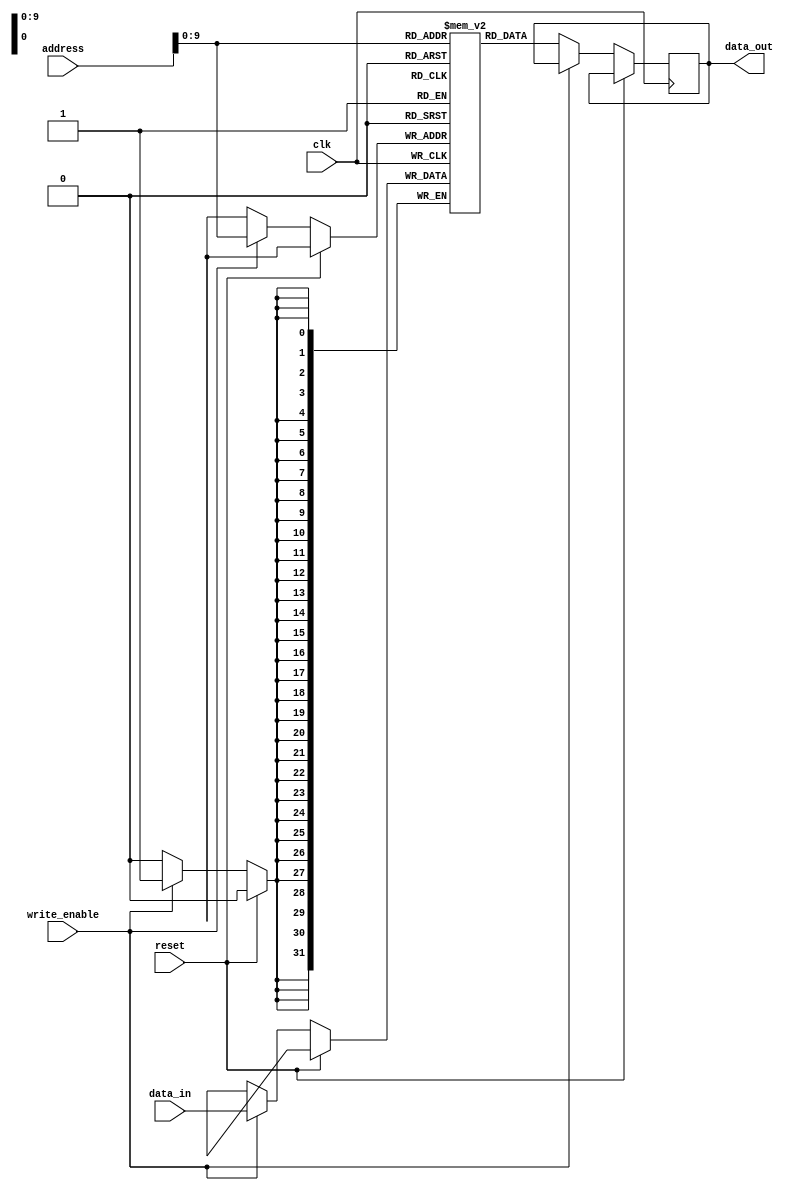
module MemoryBlock_RLDRAM (
    input wire clk,
    input wire reset,
    input wire [31:0] address,
    input wire write_enable,
    input wire [31:0] data_in,
    output reg [31:0] data_out
);

// Memory block with reduced latency access to data
reg [31:0] memory [0:1023]; // Assume a memory size of 1024

// Set of registers for addressing memory locations
reg [31:0] current_address;

// Control unit for managing read and write operations
always @(posedge clk) begin
    if (reset) begin
        current_address <= 32'h00000000; // Initialize address
    end else begin
        if (write_enable) begin
            memory[address] <= data_in; // Write data to memory
        end else begin
            data_out <= memory[address]; // Read data from memory
        end
    end
end

// Error checking mechanisms for data integrity and reliability
// Not implemented in this basic example

endmodule